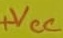
Text: +VCC